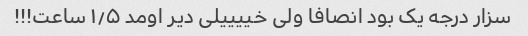
سزار درجه یک بود انصافا ولی خییییلی دیر اومد ۱٫۵ ساعت!!!